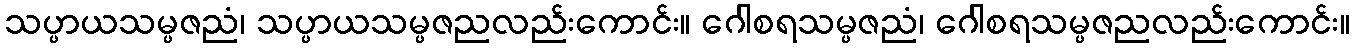
သပ္ပာယသမ္ပဇညံ၊ သပ္ပာယသမ္ပဇညလည်းကောင်း။ ဂေါစရသမ္ပဇညံ၊ ဂေါစရသမ္ပဇညလည်းကောင်း။